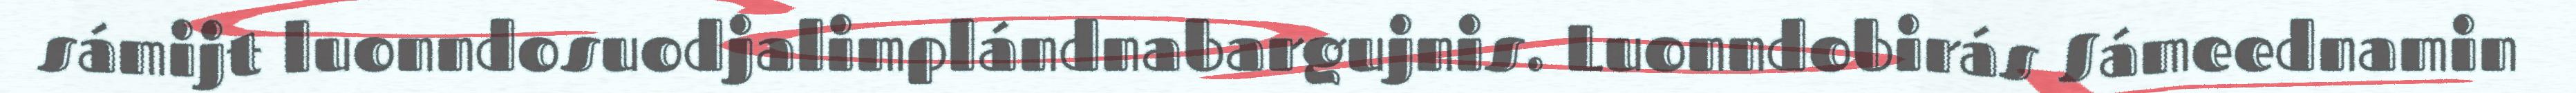
sámijt luonndosuodjalimplándnabargujnis. Luonndobirás Sámeednamin